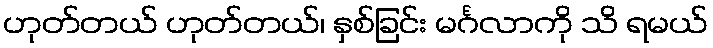
ဟုတ်တယ် ဟုတ်တယ်၊ နှစ်ခြင်း မင်္ဂလာကို သိ ရမယ်